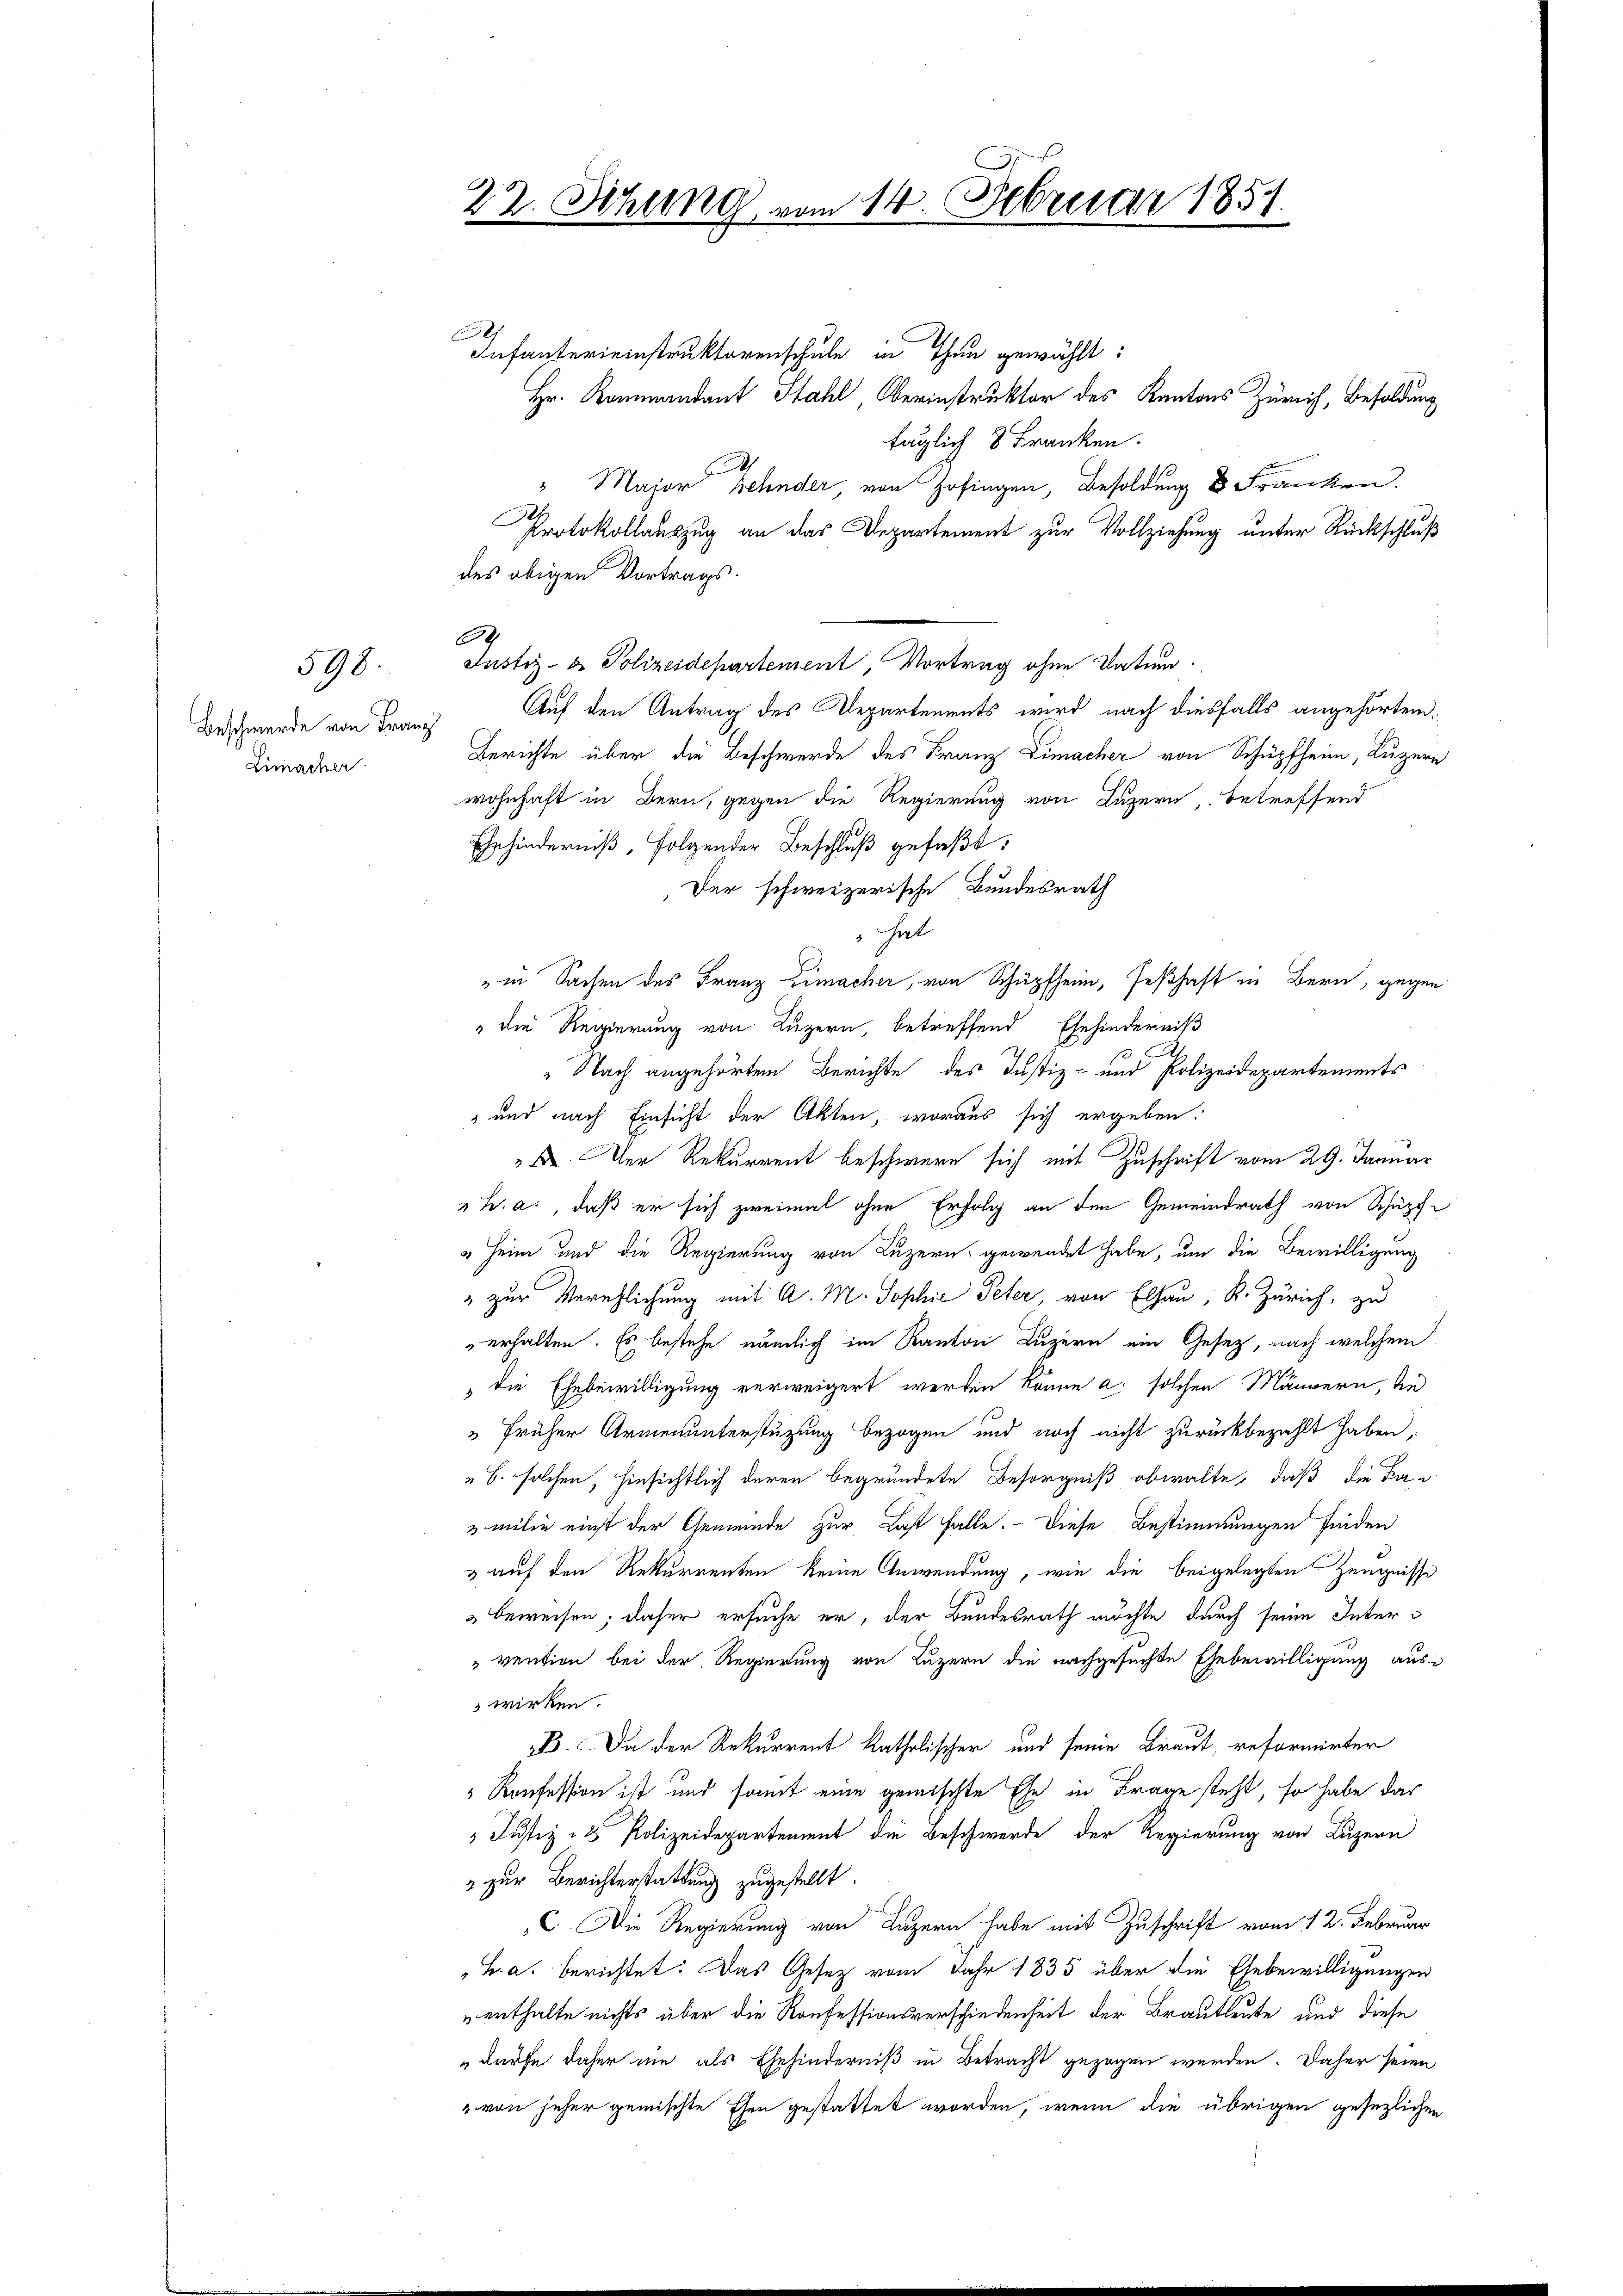
Beschwerde von Franz
Limacher

598.

22. Sitzung vom 14. Februar 1857.
Infantereinstruktorenschule in Thun gewählt:
Hr. Kommandant Stahl Oberinstruktor des Kantons Zürich, Besoldung

täglich 8 Franken.
" Major Zehnder, von Zofingen, Besoldung 8 Franken.
Protokollauszug an das Departement zur Vollziehung unter Rückschluß
Justiz- & Polizeidepartement, Vortrag ohne Datum.
Auf den Antrag des Departements wird nach diesfalls angehörten.
Berichte über die Beschwerde des Franz Limacher von Schüpfheim, Luzern
wohnhaft in Bern, gegen die Regierung von Luzern, betreffend
Ehehinderniß, folgender Beschluß gefaßt:
Der schweizerische Bundesrath
hat
in Sachen des Franz Zimacher, von Schüpfheim, seßhaft in Bern, gegen
" die Regierung von Luzern, betreffend Ehehinderniß
" Nach angehörten Berichte des Justiz- und Polizeidepartements
" und nach Einsicht der Akten, woraus sich ergeben:
. Der Rekurrent beschwere sich mit Zuschrift vom 29. Januar
h. a., daß er sich zweimal ohne Erfolg an den Gemeindrath von Schüpf¬
" Heim und die Regierung von Luzern gewendet habe, um die Bewilligung
" zur Verehlichung mit A. M. Sophie Peter, von Elsau, R. Zürich, zu
erhalten. Es bestehe nämlich im Kanton Luzern ein Gesetz, nach welchem
" die Ehebewilligung verweigert werden könne a. solchen Männern, die
"früher Armenunterstüzung bezogen und noch nicht zurückbezahlt haben;
" B. solchen, hinsichtlich deren begründete Besorgniß obwalte, daß die Fa¬
 milie einst der Gemeinde zur Last falle. Diese Bestimmungen finden
& auf den Rekurrenten keine Anwendung, wie die beigelegten Zeugnisse
beweisen; daher ersuche er, der Bundesrath möchte durch seine Inter¬
"vention bei der Regierung von Luzern die nachgesuchte Ehebewilligung aus-
 wirken.
B. Da der Rekurrent katholischer und seine Braut, reformirter
"Konfession ist und somit eine gemischte Ehe in Frage steht, so habe das
 Justiz & Polizeidepartement die Beschwerde der Regierung von Luzern
" zur Berichterstattung zugestellt.
C. Die Regierung von Luzern habe mit Zuschrift vom 12. Februar
"B. a. berichtet: Das Gesetz vom Jahr 1835 über die Ehebewilligungen
 enthalte nichts über die Konfessionsverschiedenheit der Brautleute und diese
dürfe daher nie als Ehehinderniß in Betracht gezogen werden. Daher seien
" von jeher gemischte Ehen gestattet worden, wenn die übrigen gesezlichen

des obigen Vortrags-
.